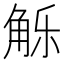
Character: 𰴢